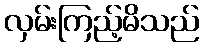
လှမ်းကြည့်မိသည်